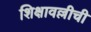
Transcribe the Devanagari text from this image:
शिक्षावल्लीची